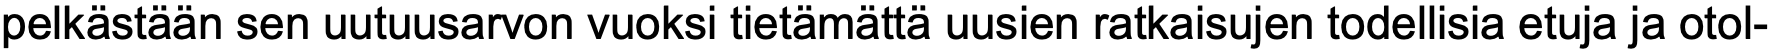
pelkästään sen uutuusarvon vuoksi tietämättä uusien ratkaisujen todellisia etuja ja otol-